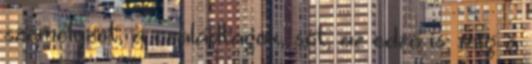
személyzet, a családtagok, sőt, az edző is; míg a